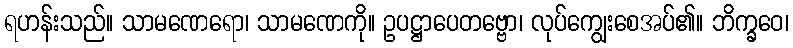
ရဟန်းသည်။ သာမဏေရော၊ သာမဏေကို။ ဥပဋ္ဌာပေတဗ္ဗော၊ လုပ်ကျွေးစေအပ်၏။ ဘိက္ခဝေ၊